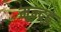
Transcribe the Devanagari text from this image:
मून्द्र्हु